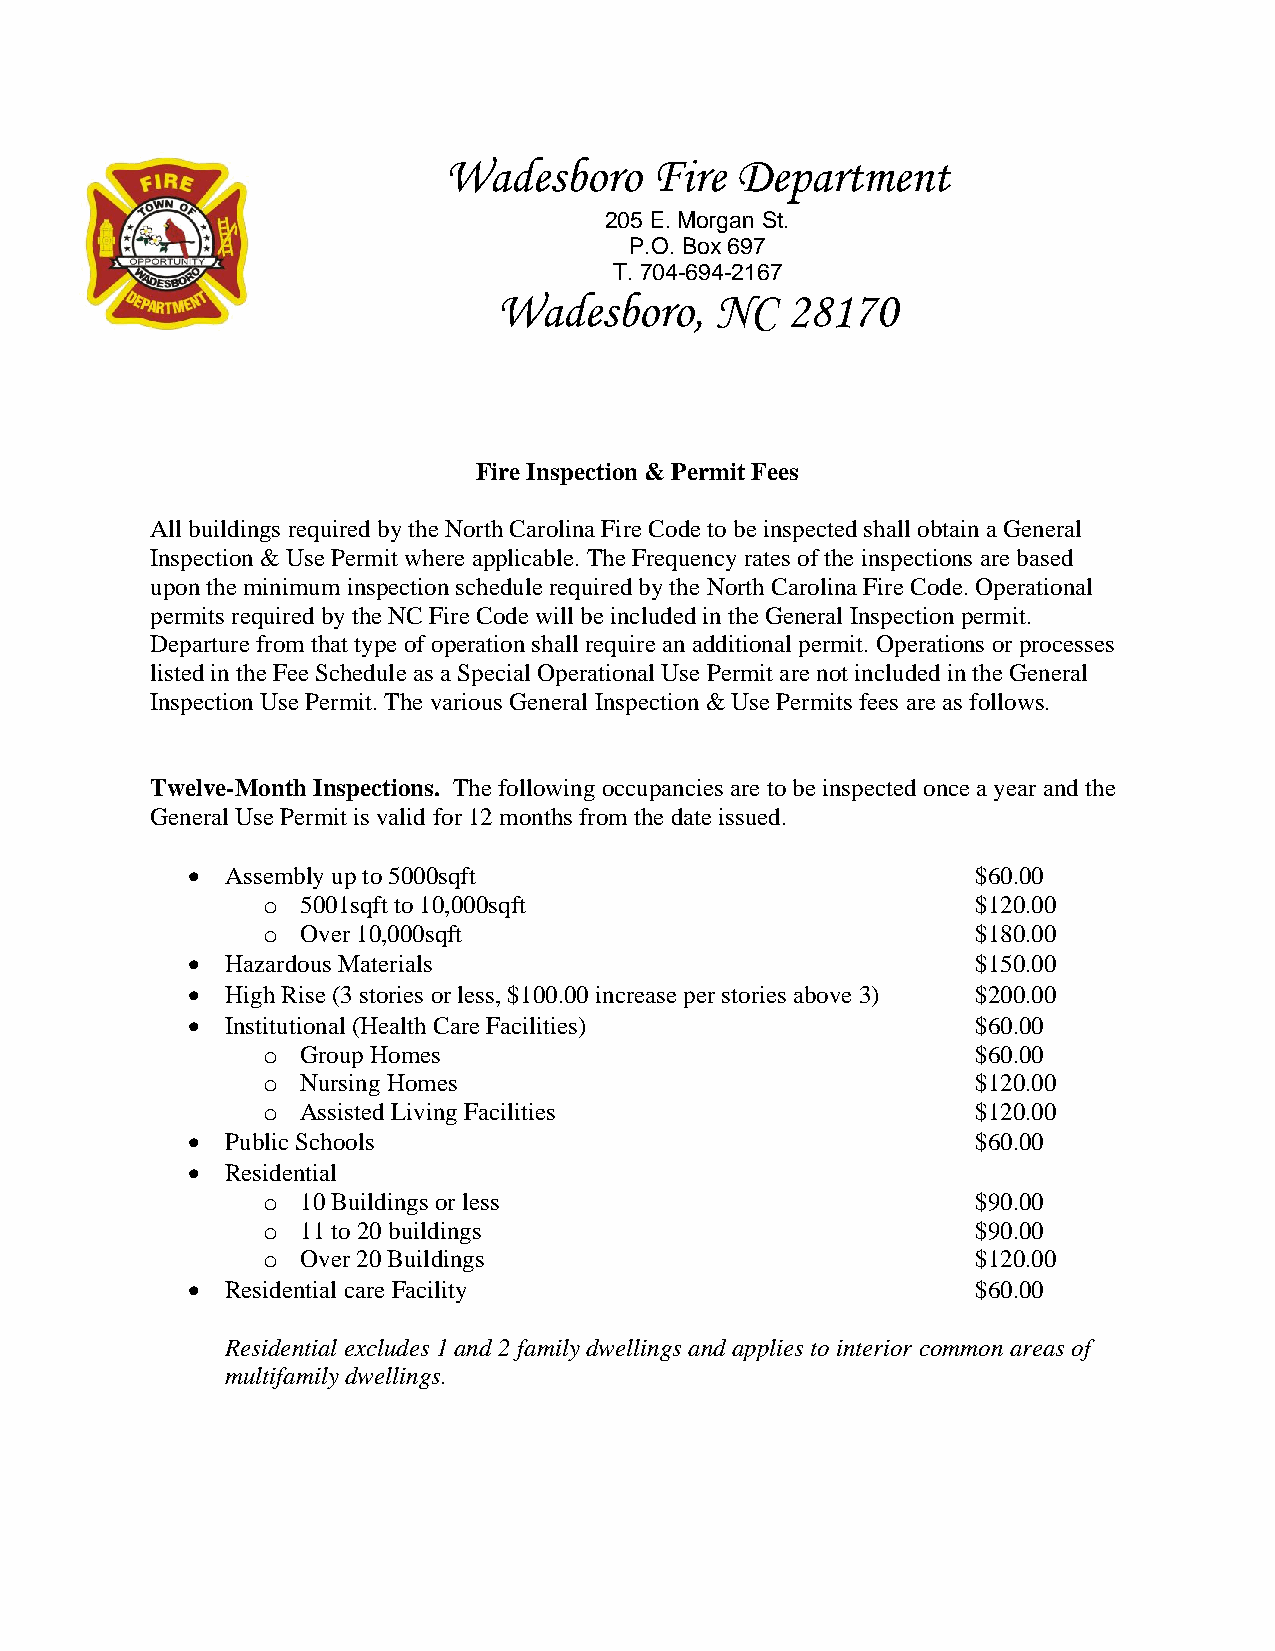
Wadesboro     Fire  Department
 205 E. Morgan St.
 P.O. Box 697
 T. 704-694-2167
 Wadesboro,    NC   28170
 Fire Inspection & Permit Fees
 All buildings required by the North Carolina Fire Code to be inspected shall obtain a General
 Inspection & Use Permit where applicable. The Frequency rates of the inspections are based
 upon the minimum inspection schedule required by the North Carolina Fire Code. Operational
 permits required by the NC Fire Code will be included in the General Inspection permit.
 Departure from that type of operation shall require an additional permit. Operations or processes
 listed in the Fee Schedule as a Special Operational Use Permit are not included in the General
 Inspection Use Permit. The various General Inspection & Use Permits fees are as follows.
 Twelve-Month Inspections. The following occupancies are to be inspected once a year and the
 General Use Permit is valid for 12 months from the date issued.
 •  Assembly up to 5000sqft                           $60.00
 o  5001sqft to 10,000sqft                       $120.00
 o  Over 10,000sqft                              $180.00
 •  Hazardous Materials                               $150.00
 •  High Rise (3 stories or less, $100.00 increase per stories above 3) $200.00
 •  Institutional (Health Care Facilities)            $60.00
 o  Group Homes                                  $60.00
 o  Nursing Homes                                $120.00
 o  Assisted Living Facilities                   $120.00
 •  Public Schools                                    $60.00
 •  Residential
 o  10 Buildings or less                         $90.00
 o  11 to 20 buildings                           $90.00
 o  Over 20 Buildings                            $120.00
 •  Residential care Facility                         $60.00
 Residential excludes 1 and 2 family dwellings and applies to interior common areas of
 multifamily dwellings.